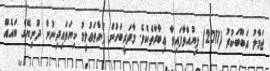
ޖަމާލު އަބޫބަކުރު (2011) ލިޔުއްވާފައިވާ ޢިބާރާތެކެވެ. މާދަރީބަހުން ފަށާތަޢުލީމު ކިޔަވައިދިނުން ދުނިޔޭގެ ބައެއް